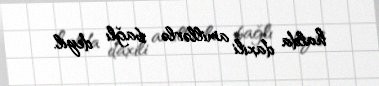
halda daxili amillərlə bağlı deyil.